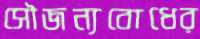
সৌজন্যবোধের